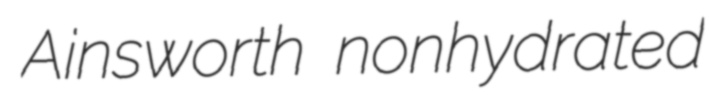
Ainsworth nonhydrated